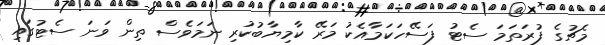
މެޗުގެ ފުރަތަމަ ސެޓު ފަސޭހަކަމާއެކު މަރޭ ކާމިޔާބުކުރި ނަމަވެސް ތިން ވަނަ ސެޓުގައި